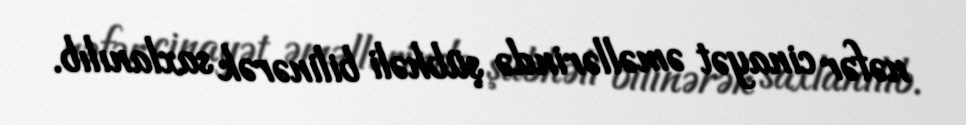
nəfər cinayət əməllərində şübhəli bilinərək saxlanılıb.